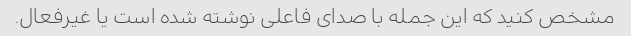
مشخص کنید که این جمله با صدای فاعلی نوشته شده است یا غیرفعال.